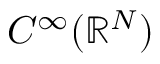
C ^ { \infty } ( \mathbb { R } ^ { N } )